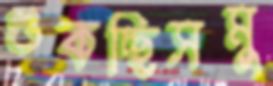
শুকচ্ছিসমু